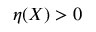
\eta ( X ) > 0